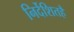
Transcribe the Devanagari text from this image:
निर्देशितहै